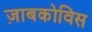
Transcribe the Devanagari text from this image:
ज़ाबकोविस